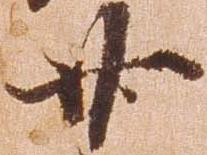
廿